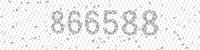
Solution: 866588